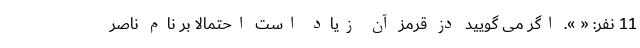
11 نفر: « ». اگر می گویید دُز قرمز آن زیاد است احتمالا بر نام ناصر